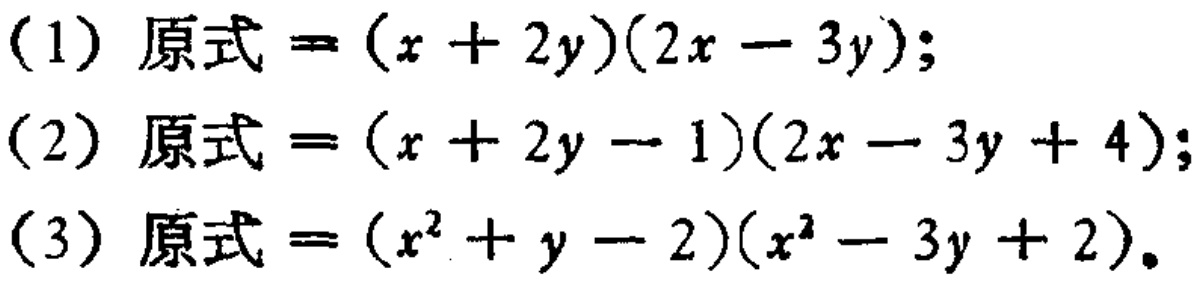
(1) 原式$=(x + 2y)(2x - 3y)$;
(2) 原式$=(x + 2y - 1)(2x - 3y + 4)$;
(3) 原式$=(x^{2}+y - 2)(x^{2}-3y + 2)$.